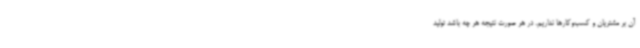
آن بر مشتریان و کسب‌وکارها نداریم. در هر صورت نتیجه هر چه باشد تولید